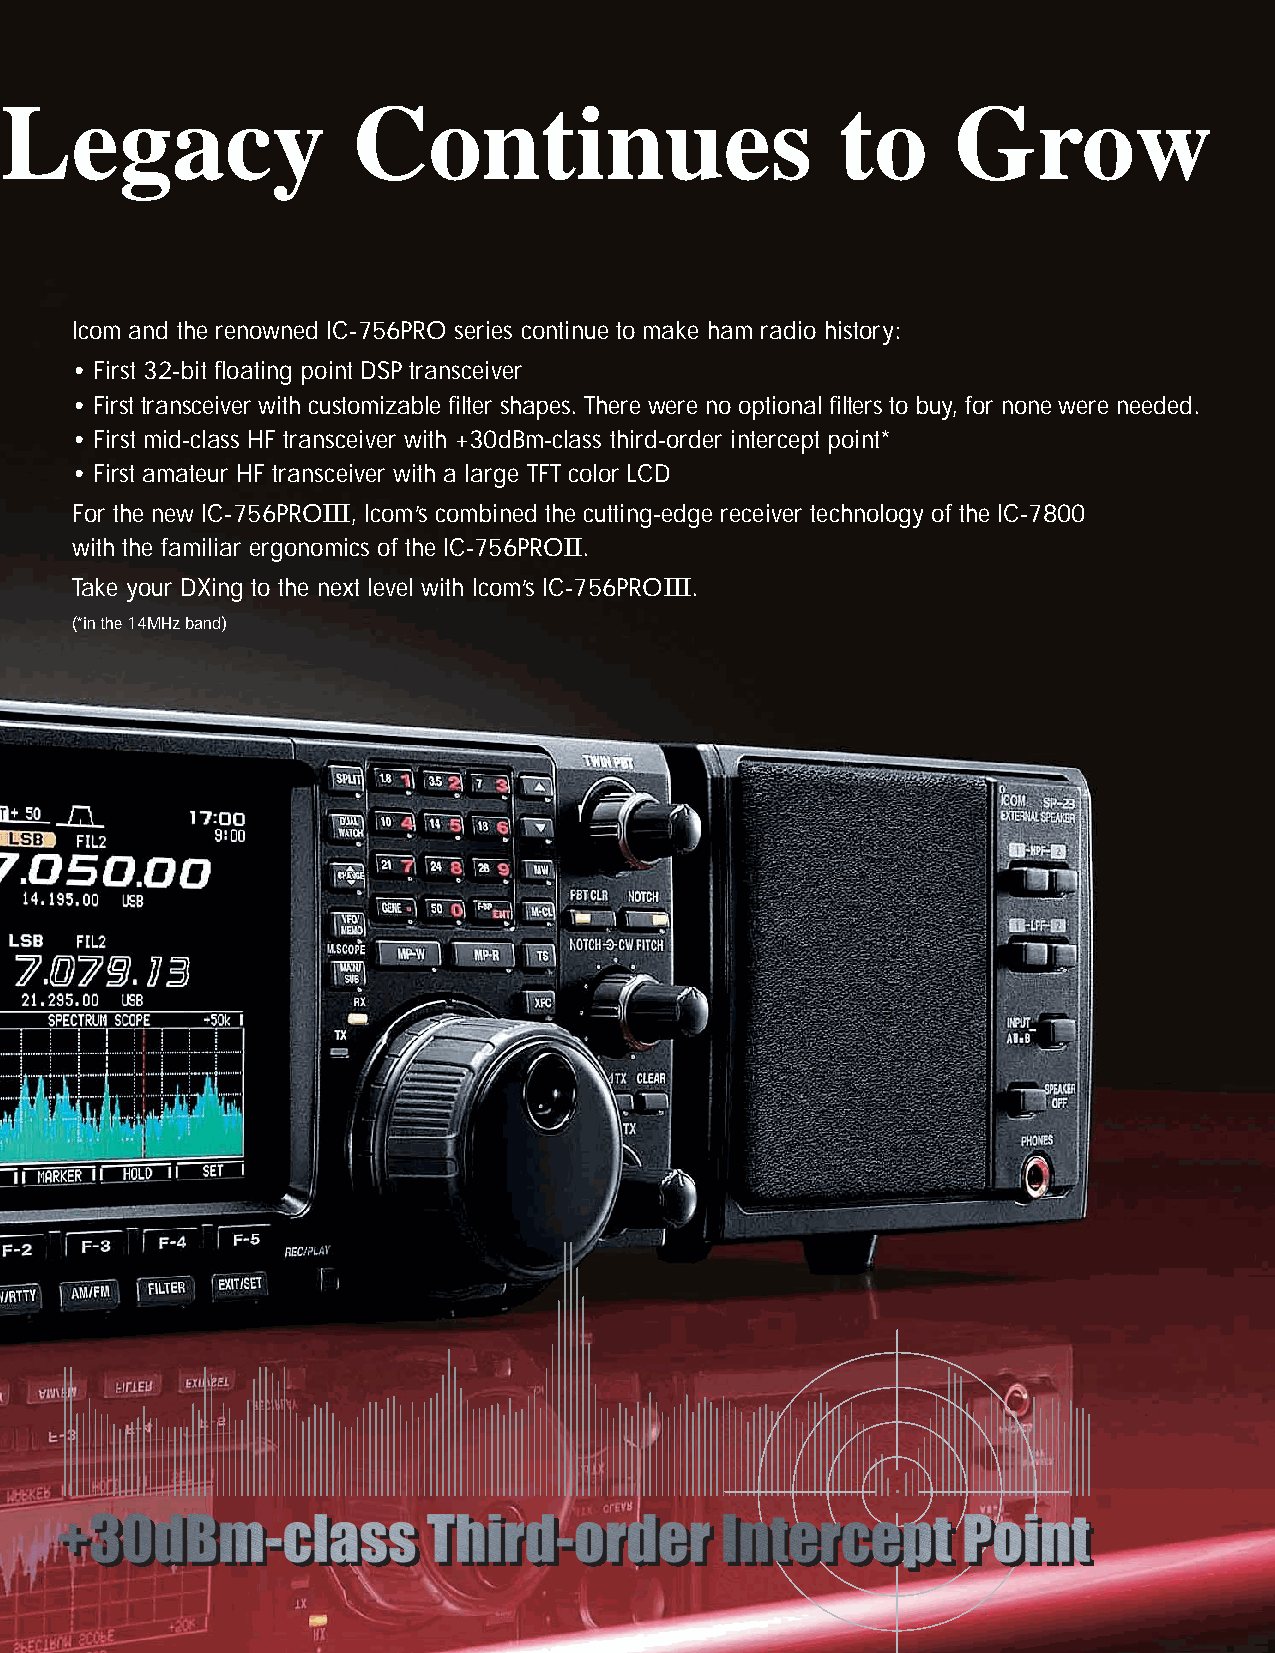
Legacy                 Continues                        to     Grow
 Icom and the renowned IC-756PRO series continue to make ham radio history:
 • First 32-bit floating point DSP transceiver
 • First transceiver with customizable filter shapes. There were no optional filters to buy, for none were needed.
 • First mid-class HF transceiver with +30dBm-class third-order intercept point*
 • First amateur HF transceiver with a large TFT color LCD
 For the new IC-756PROIII, Icom’s combined the cutting-edge receiver technology of the IC-7800
 with the familiar ergonomics of the IC-756PROII.
 Take your DXing to the next level with Icom’s IC-756PROIII.
 (*in the 14MHz band)